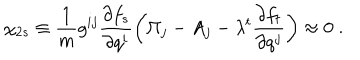
LaTeX: \chi _ { 2 s } \equiv \frac { 1 } { m } g ^ { i j } \frac { \partial f _ { s } } { \partial q ^ { i } } \left( \Pi _ { j } - A _ { j } - \lambda ^ { t } \frac { \partial f _ { t } } { \partial q ^ { j } } \right) \approx 0 \; .